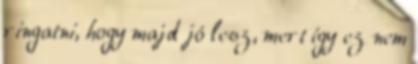
ringatni, hogy majd jó lesz, mert így ez nem